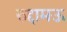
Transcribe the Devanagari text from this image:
रुद्दामऊ